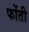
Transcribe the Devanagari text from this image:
फोंती